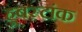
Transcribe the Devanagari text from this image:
हूबस्टांक